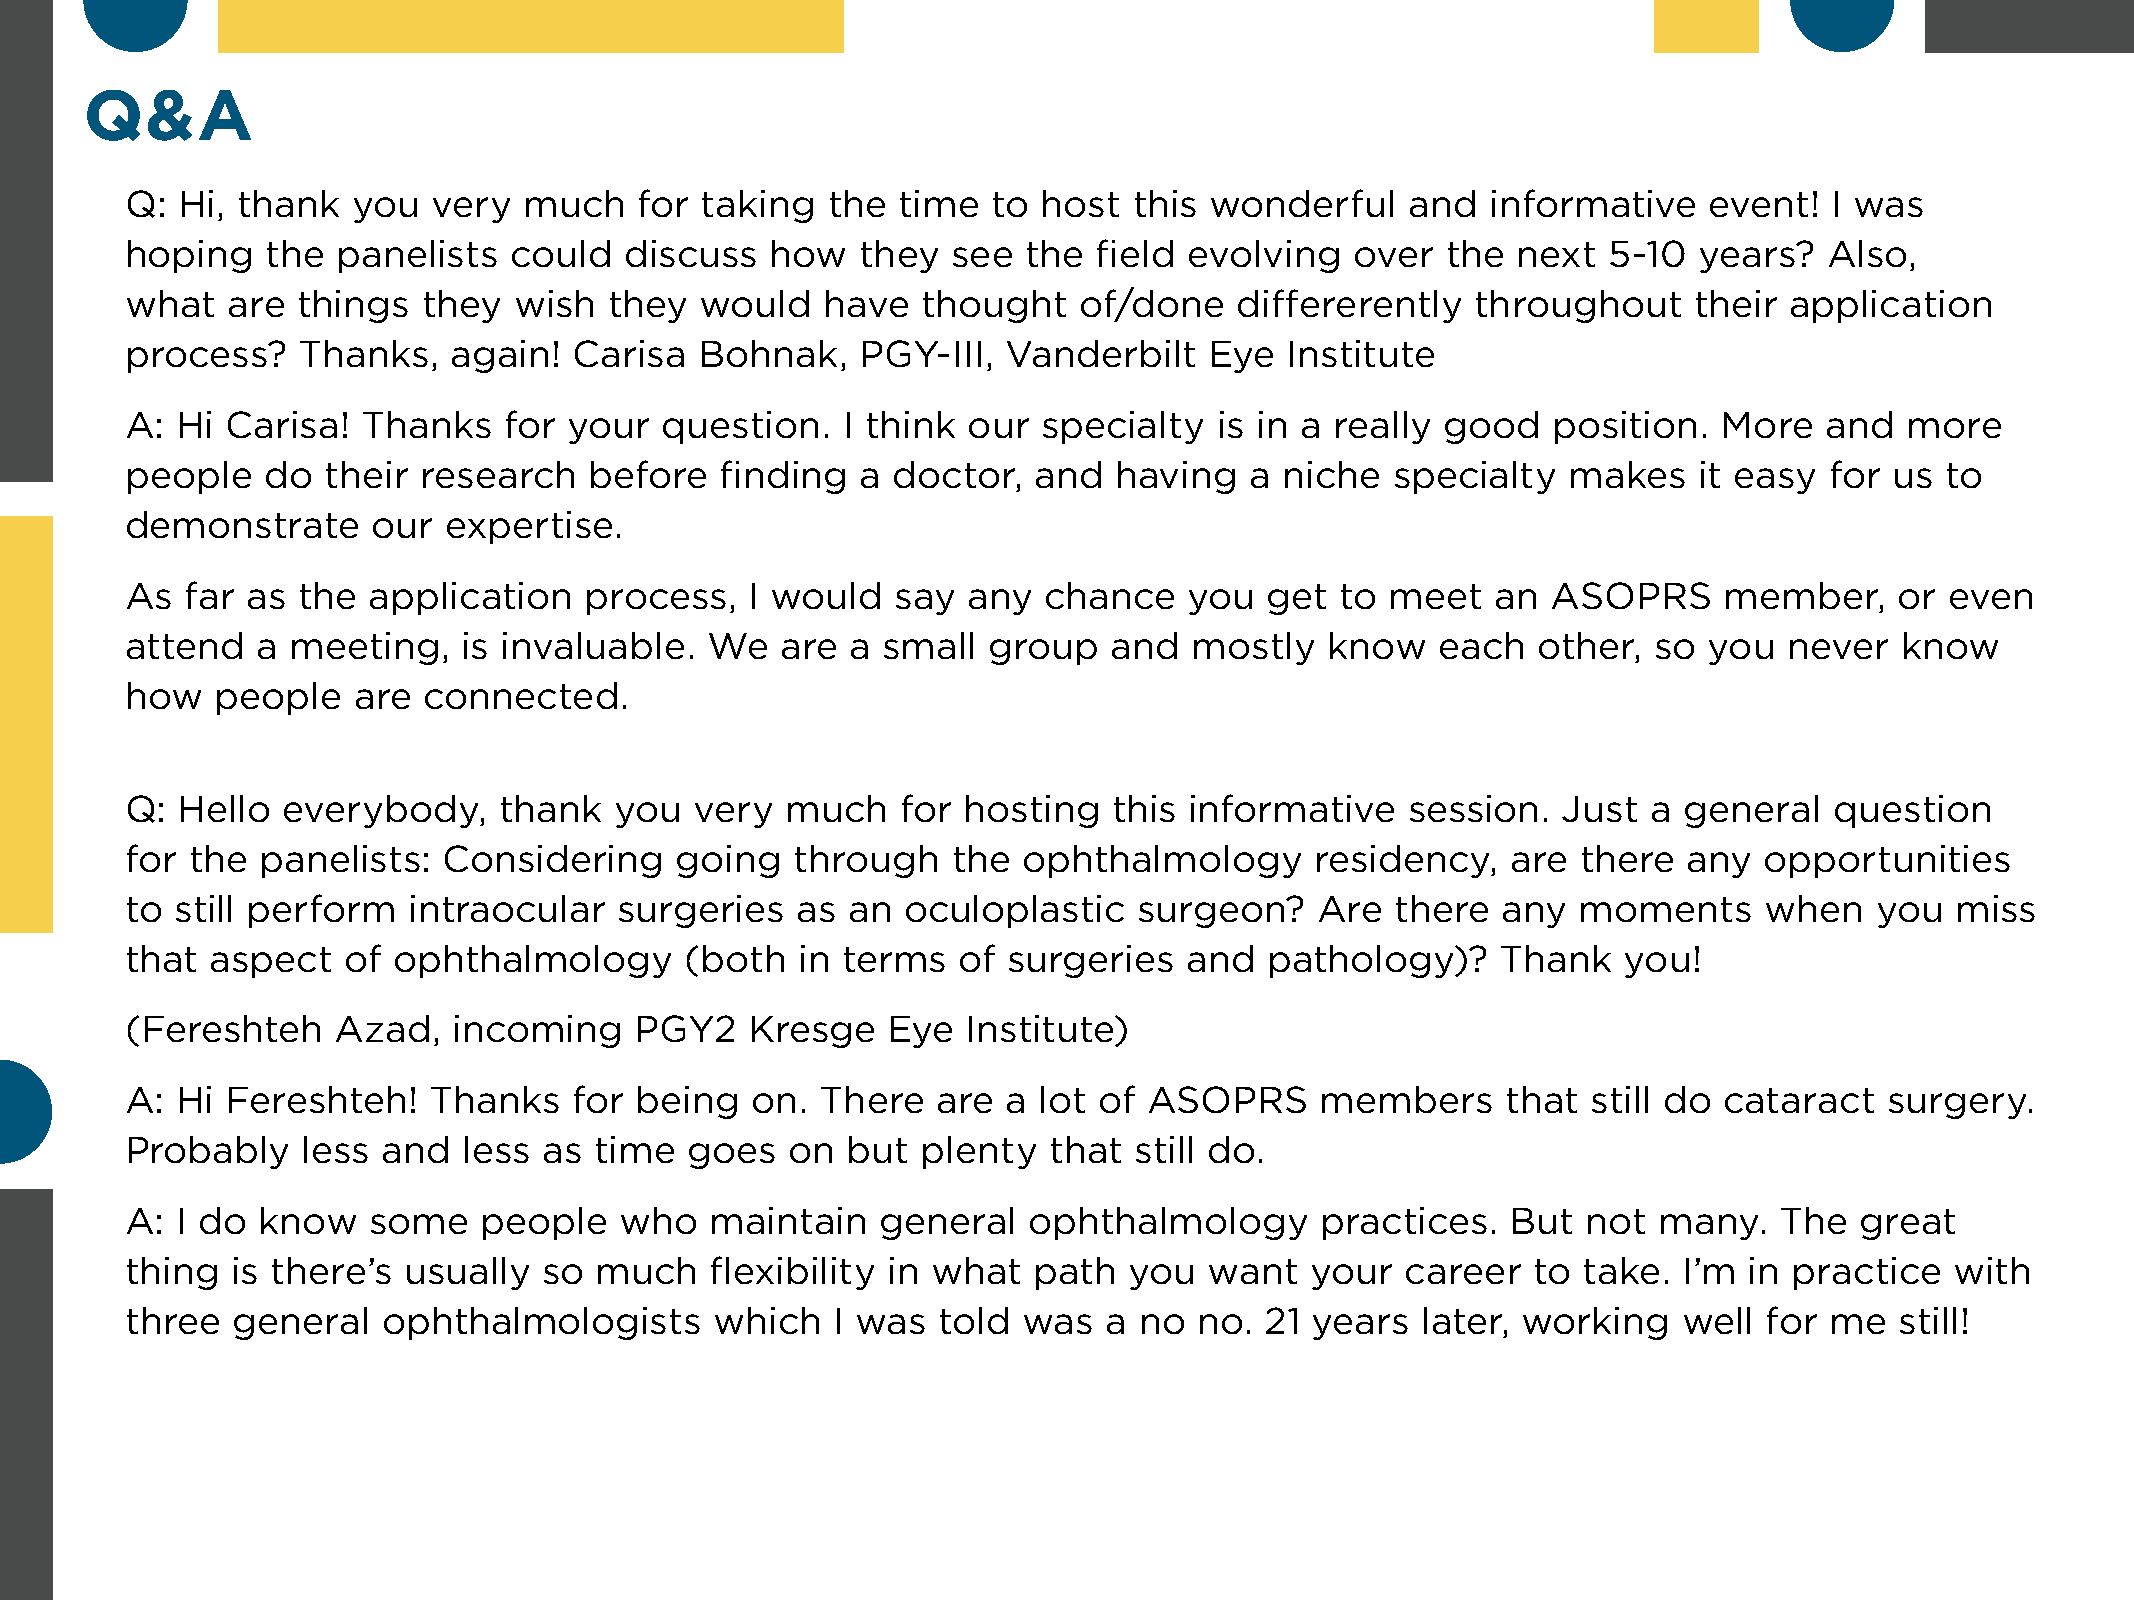
Q&A
 Q:  Hi, thank  you   very  much   for taking   the time   to host  this wonderful    and   informative   event!  I was
 hoping    the panelists   could  discuss   how   they  see  the  field evolving   over  the next   5-10 years?   Also,
 what   are  things  they  wish  they  would    have  thought   of/done    differerently   throughout    their application
 process?    Thanks,   again!  Carisa  Bohnak,    PGY-III,  Vanderbilt   Eye  Institute
 A:  Hi Carisa!  Thanks   for  your  question.   I think our  specialty   is in a really good   position.  More   and  more
 people   do  their  research   before   finding  a doctor,   and  having   a niche  specialty   makes   it easy  for us  to
 demonstrate      our expertise.
 As  far as  the application    process,   I would  say  any  chance    you  get  to meet   an  ASOPRS     member,     or even
 attend   a meeting,    is invaluable.  We   are a small  group    and  mostly   know   each   other, so  you  never   know
 how   people   are  connected.
 Q:  Hello  everybody,    thank   you  very  much    for hosting   this informative   session.  Just  a general   question
 for the  panelists:  Considering     going   through   the  ophthalmology      residency,   are  there  any  opportunities
 to  still perform  intraocular   surgeries   as an  oculoplastic   surgeon?    Are  there  any   moments     when   you  miss
 that  aspect   of ophthalmology      (both   in terms  of  surgeries   and  pathology)?    Thank   you!
 (Fereshteh    Azad,   incoming    PGY2    Kresge   Eye  Institute)
 A:  Hi Fereshteh!   Thanks    for being   on. There   are  a lot of ASOPRS     members      that still do cataract   surgery.
 Probably    less and   less as time   goes  on  but  plenty  that  still do.
 A:  I do know   some    people   who   maintain   general   ophthalmology      practices.   But  not  many.   The  great
 thing  is there’s  usually  so much    flexibility in what  path   you  want   your  career  to  take. I’m  in practice  with
 three  general   ophthalmologists      which   I was  told  was  a no  no.  21 years  later, working   well  for me   still!